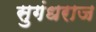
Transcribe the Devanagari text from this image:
सुगंधराज